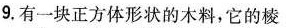
9.有一块正方体形状的木料，它的棱